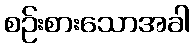
စဉ်းစားသောအခါ